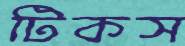
টিকস